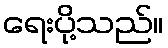
ရေးပို့သည်။